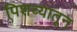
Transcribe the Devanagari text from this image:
पिशव्यातून